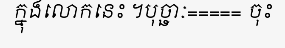
ក្នុងលោកនេះ ។បុច្ឆាៈ===== ចុះ